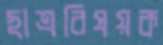
ছাত্রবিষয়ক